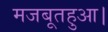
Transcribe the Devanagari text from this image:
मजबूतहुआ।